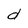
Character: d